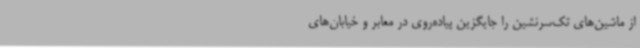
از ماشین‌های تک‌سرنشین را جایگزین پیاده‌روی در معابر و خیابان‌های